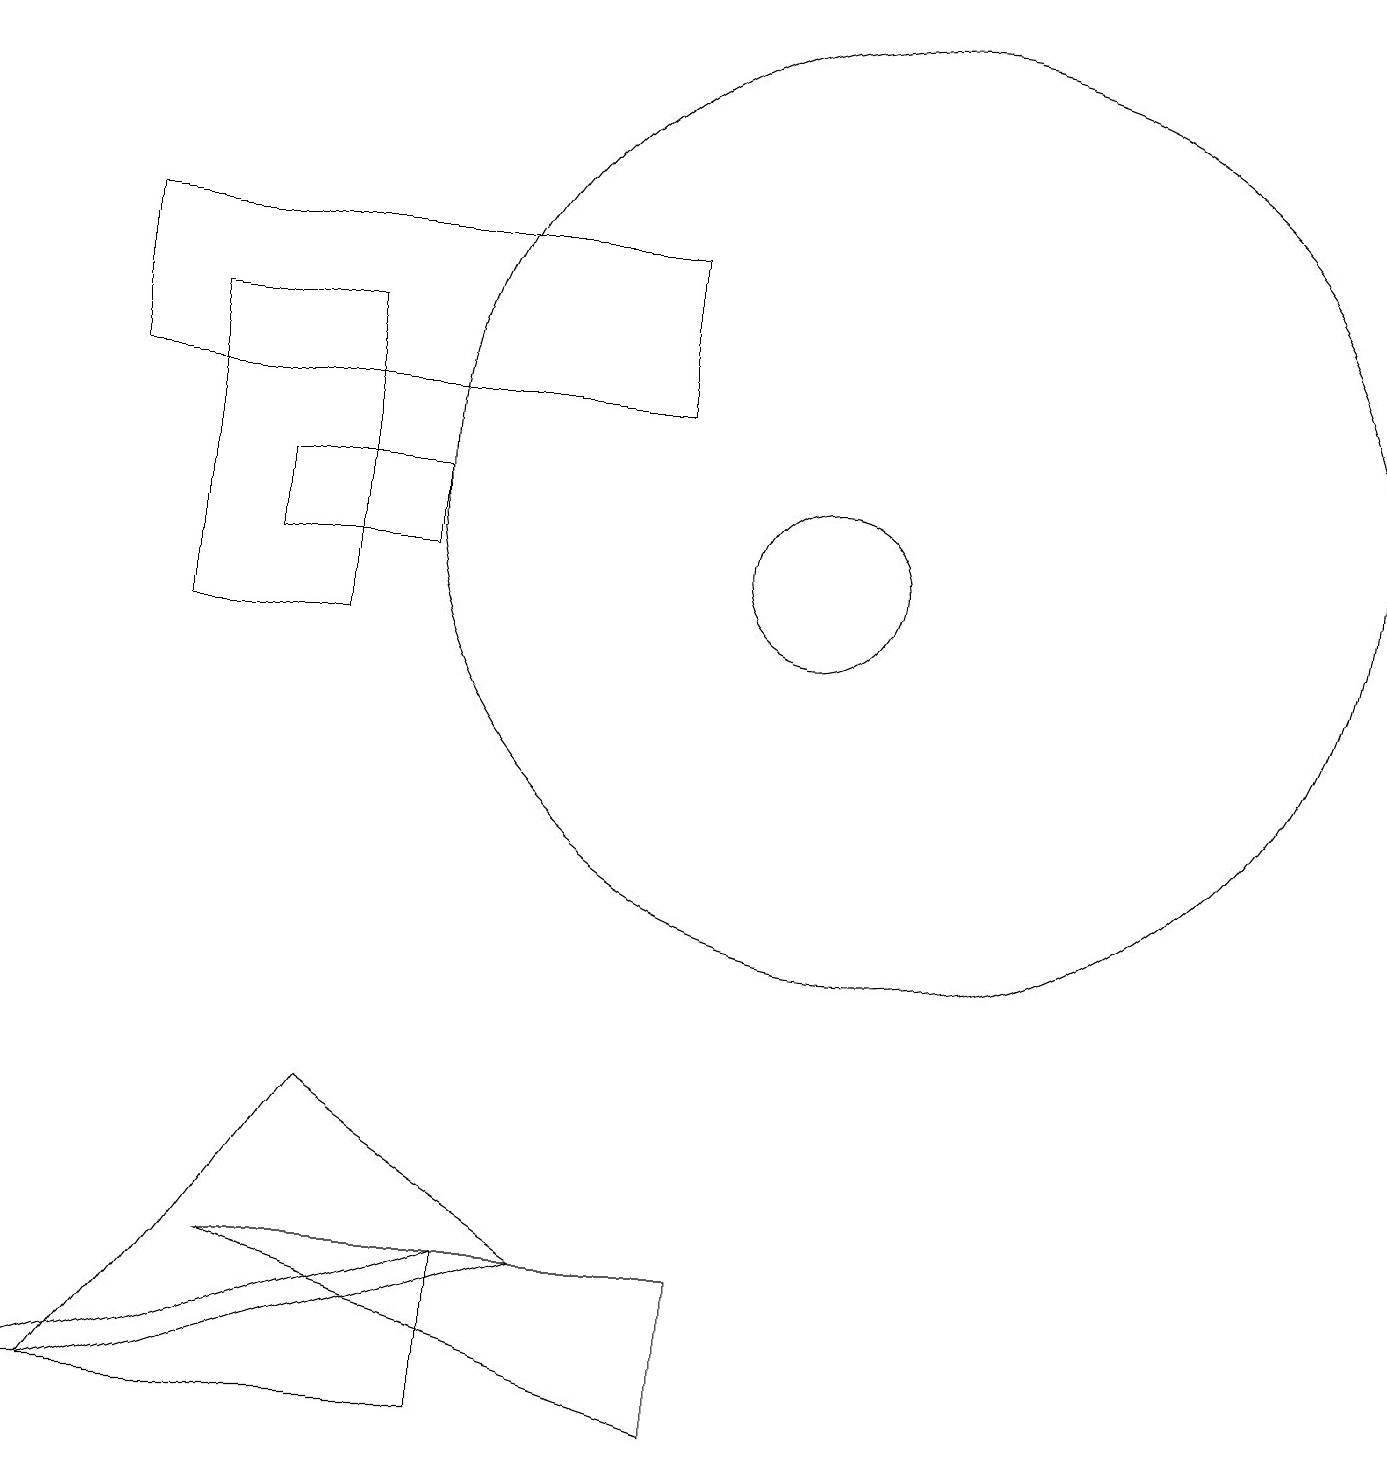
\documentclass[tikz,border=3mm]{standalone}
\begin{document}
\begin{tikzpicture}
\draw (5,12) rectangle (3,11);
\draw (11,12) circle (6);
\draw (8,15) rectangle (1,13);
\draw (3,2) -- (9,0) -- (9,2) -- cycle;
\draw (1,0) -- (4,4) -- (7,2) -- cycle;
\draw (6,0) -- (6,2) -- (0,0) -- cycle;
\draw (2,14) rectangle (4,10);
\draw (10,11) circle (1);
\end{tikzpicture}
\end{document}